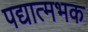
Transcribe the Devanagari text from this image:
पद्यात्मभक